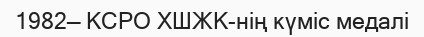
1982— КСРО ХШЖК-нің күміс медалі